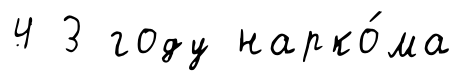
4 3 году нарко́ма